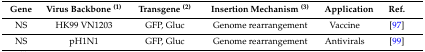
<table><thead><tr><td><b>Gene</b></td><td><b>Virus Backbone <sup>(1)</sup></b></td><td><b>Transgene <sup>(2)</sup></b></td><td><b>Insertion Mechanism <sup>(3)</sup></b></td><td><b>Application</b></td><td><b>Ref.</b></td></tr></thead><tbody><tr><td>NS</td><td>HK99 VN1203</td><td>GFP, Gluc</td><td>Genome rearrangement</td><td>Vaccine</td><td>[97]</td></tr><tr><td>NS</td><td>pH1N1</td><td>GFP, Gluc</td><td>Genome rearrangement</td><td>Antivirals</td><td>[99]</td></tr></tbody></table>